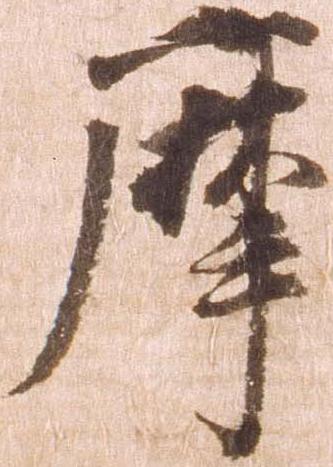
摩